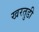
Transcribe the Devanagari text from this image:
खरतुडी